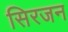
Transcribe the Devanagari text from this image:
सिरजन